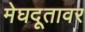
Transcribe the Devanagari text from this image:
मेघदूतावर